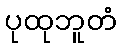
ပုထုဘူတံ